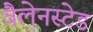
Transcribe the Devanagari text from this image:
वैलेनस्टेड